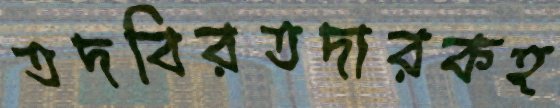
তদবিরতদারকহ